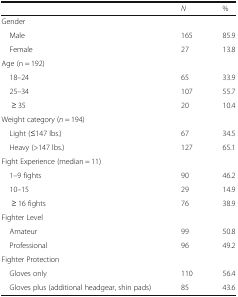
<table><thead><tr><td></td><td><b><i>N</i></b></td><td><b>%</b></td></tr></thead><tbody><tr><td colspan="3">Gender</td></tr><tr><td> Male</td><td>165</td><td>85.9</td></tr><tr><td> Female</td><td>27</td><td>13.8</td></tr><tr><td colspan="3">Age (n = 192)</td></tr><tr><td> 18–24</td><td>65</td><td>33.9</td></tr><tr><td> 25–34</td><td>107</td><td>55.7</td></tr><tr><td>≥ 35</td><td>20</td><td>10.4</td></tr><tr><td colspan="3">Weight category (<i>n</i> = 194)</td></tr><tr><td> Light (≤147 lbs.)</td><td>67</td><td>34.5</td></tr><tr><td> Heavy (&gt;147 lbs.)</td><td>127</td><td>65.1</td></tr><tr><td colspan="3">Fight Experience (median = 11)</td></tr><tr><td> 1–9 fights</td><td>90</td><td>46.2</td></tr><tr><td> 10–15</td><td>29</td><td>14.9</td></tr><tr><td>≥ 16 fights</td><td>76</td><td>38.9</td></tr><tr><td colspan="3">Fighter Level</td></tr><tr><td> Amateur</td><td>99</td><td>50.8</td></tr><tr><td> Professional</td><td>96</td><td>49.2</td></tr><tr><td colspan="3">Fighter Protection</td></tr><tr><td> Gloves only</td><td>110</td><td>56.4</td></tr><tr><td> Gloves plus (additional headgear, shin pads)</td><td>85</td><td>43.6</td></tr></tbody></table>